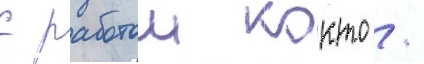
с работои кокто /